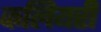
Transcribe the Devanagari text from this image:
कलियरी